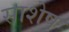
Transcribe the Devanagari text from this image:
साशेष